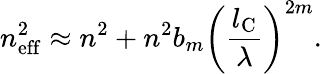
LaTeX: n_{\mathrm{eff}}^{2}\approx n^{2}+n^{2}b_{m}\biggl(\frac{l_{\mathrm{C}}}{\lambda}\biggr)^{2m}.